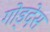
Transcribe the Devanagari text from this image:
गोड्देस